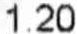
1.20